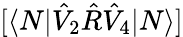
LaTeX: [\langle N|\hat{V}_{2}\hat{R}\hat{V}_{4}|N\rangle]